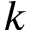
k